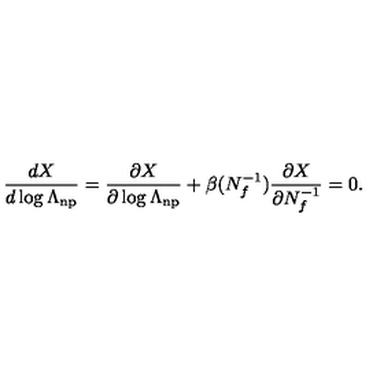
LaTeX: \frac { d X } { d \log \Lambda _ { \mathrm { n p } } } = \frac { \partial X } { \partial \log \Lambda _ { \mathrm { n p } } } + \beta ( N _ { f } ^ { - 1 } ) \frac { \partial X } { \partial N _ { f } ^ { - 1 } } = 0 .